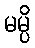
မမ္ပိ